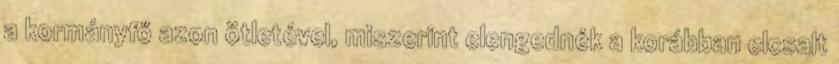
a kormányfő azon ötletével, miszerint elengednék a korábban elcsalt